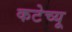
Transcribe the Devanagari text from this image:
कटेच्यू